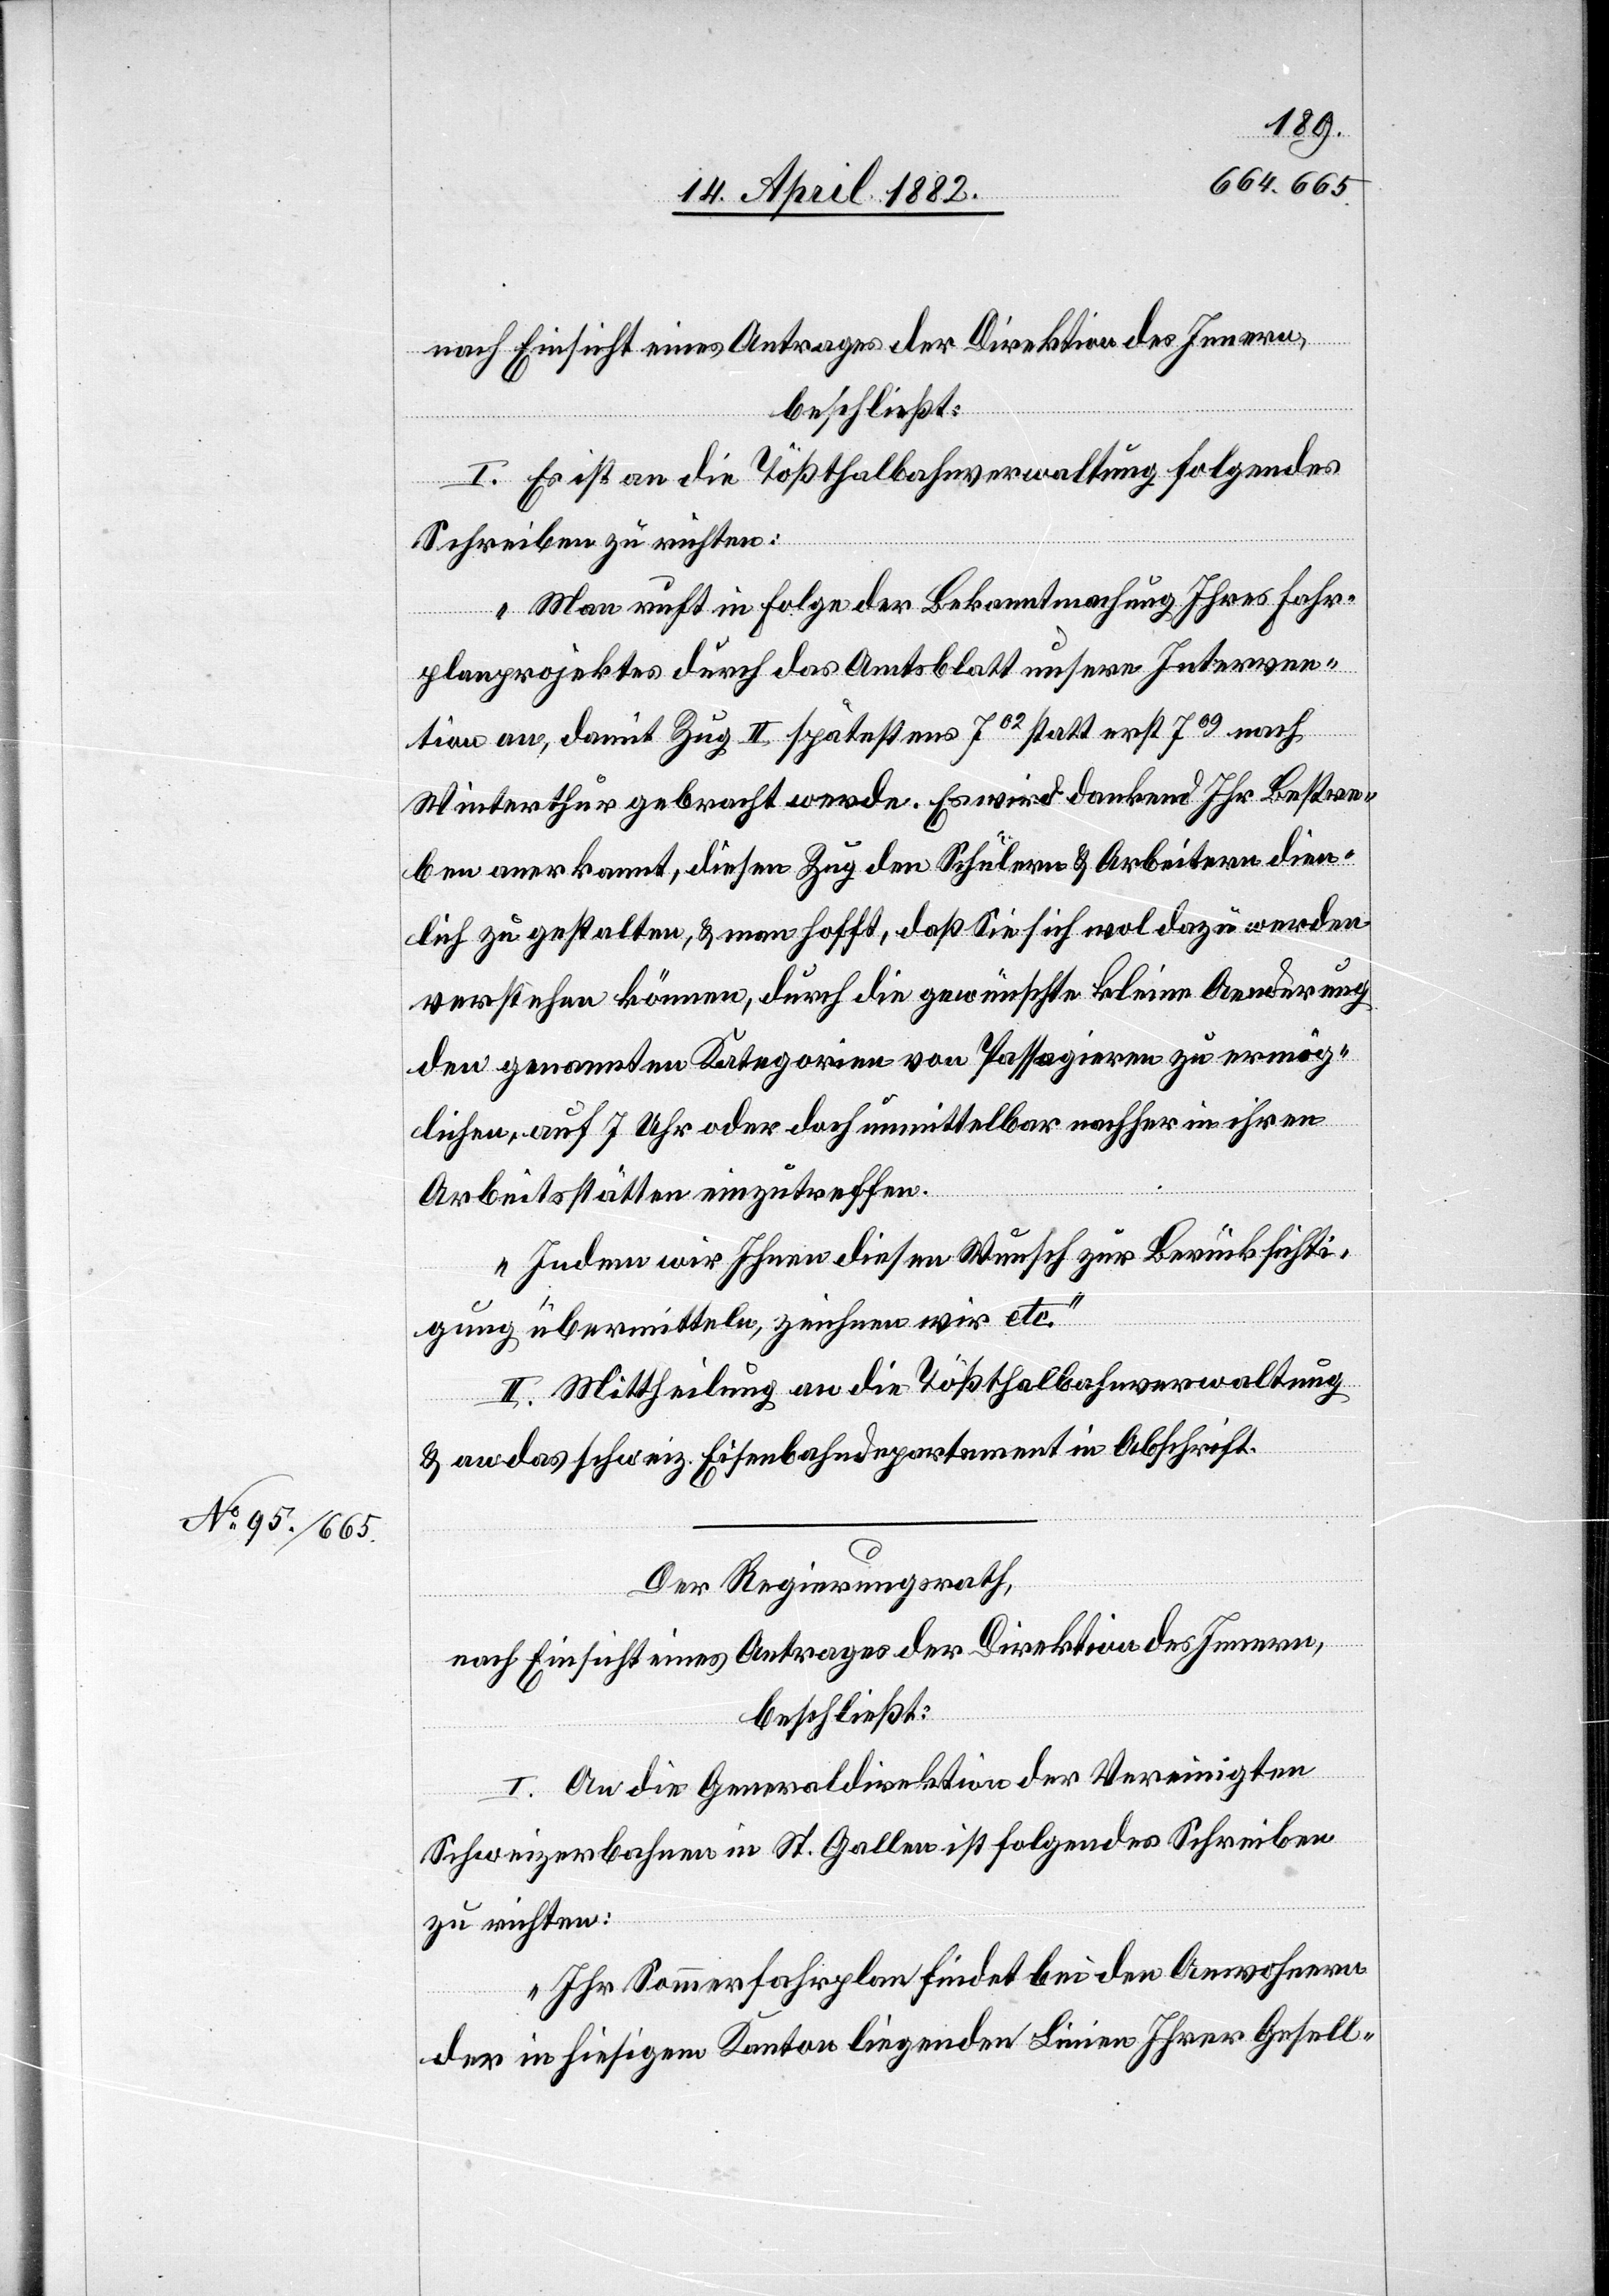
nach Einsicht eines Antrages der Direktion des Innern,
beschließt:
I. Es ist an die Tößthalbahnverwaltung folgendes
Schreiben zu richten:
„Man ruft in Folge der Bekanntmachung Ihres Fahr¬
planprojektes durch das Amtsblatt unsere Interven¬
tion an, damit Zug II spätestens 702 statt erst 709 nach
Winterthur gebracht werde. Es wird dankend Ihr Bestre¬
ben anerkannt, diesen Zug den Schülern & Arbeitern dien¬
lich zu gestalten, & man hofft, daß Sie sich wol dazu werden
verstehen können, durch die gewünschte kleine Aenderung
den genannten Kategorien von Passagieren zu ermög¬
lichen, auf 7 Uhr oder doch unmittelbar nachher in ihren
Arbeitsstätten einzutreffen.
Indem wir Ihnen diesen Wunsch zur Berücksichti¬
gung übermitteln, zeichnen wir etc.“
II. Mittheilung an die Tößthalbahnverwaltung
& an das schweiz. Eisenbahndepartement in Abschrift.
Der Regierungsrath,
nach Einsicht eines Antrages der Direktion des Innern,
beschließt:
I. An die Generaldirektion der Vereinigten
Schweizerbahnen in St. Gallen ist folgendes Schreiben
zu richten:
„Ihr Sommerfahrplan findet bei den Anwohnern
der in hiesigem Kanton liegenden Linien Ihrer Gesell-